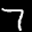
Label: 7